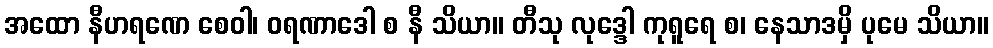
အထော နီဟရဏေ စေဝါ၊ ဝရဏာဒေါ စ နီ သိယာ။ တီသု လုဒ္ဒေါ ကုရူရေ စ၊ နေသာဒမှိ ပုမေ သိယာ။